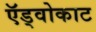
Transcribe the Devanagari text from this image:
ऍड्वोकाट